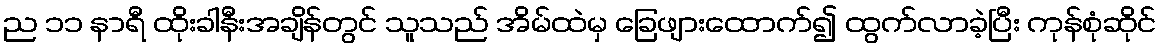
ည ၁၁ နာရီ ထိုးခါနီးအချိန်တွင် သူသည် အိမ်ထဲမှ ခြေဖျားထောက်၍ ထွက်လာခဲ့ပြီး ကုန်စုံဆိုင်